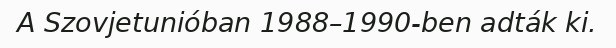
A Szovjetunióban 1988–1990-ben adták ki.